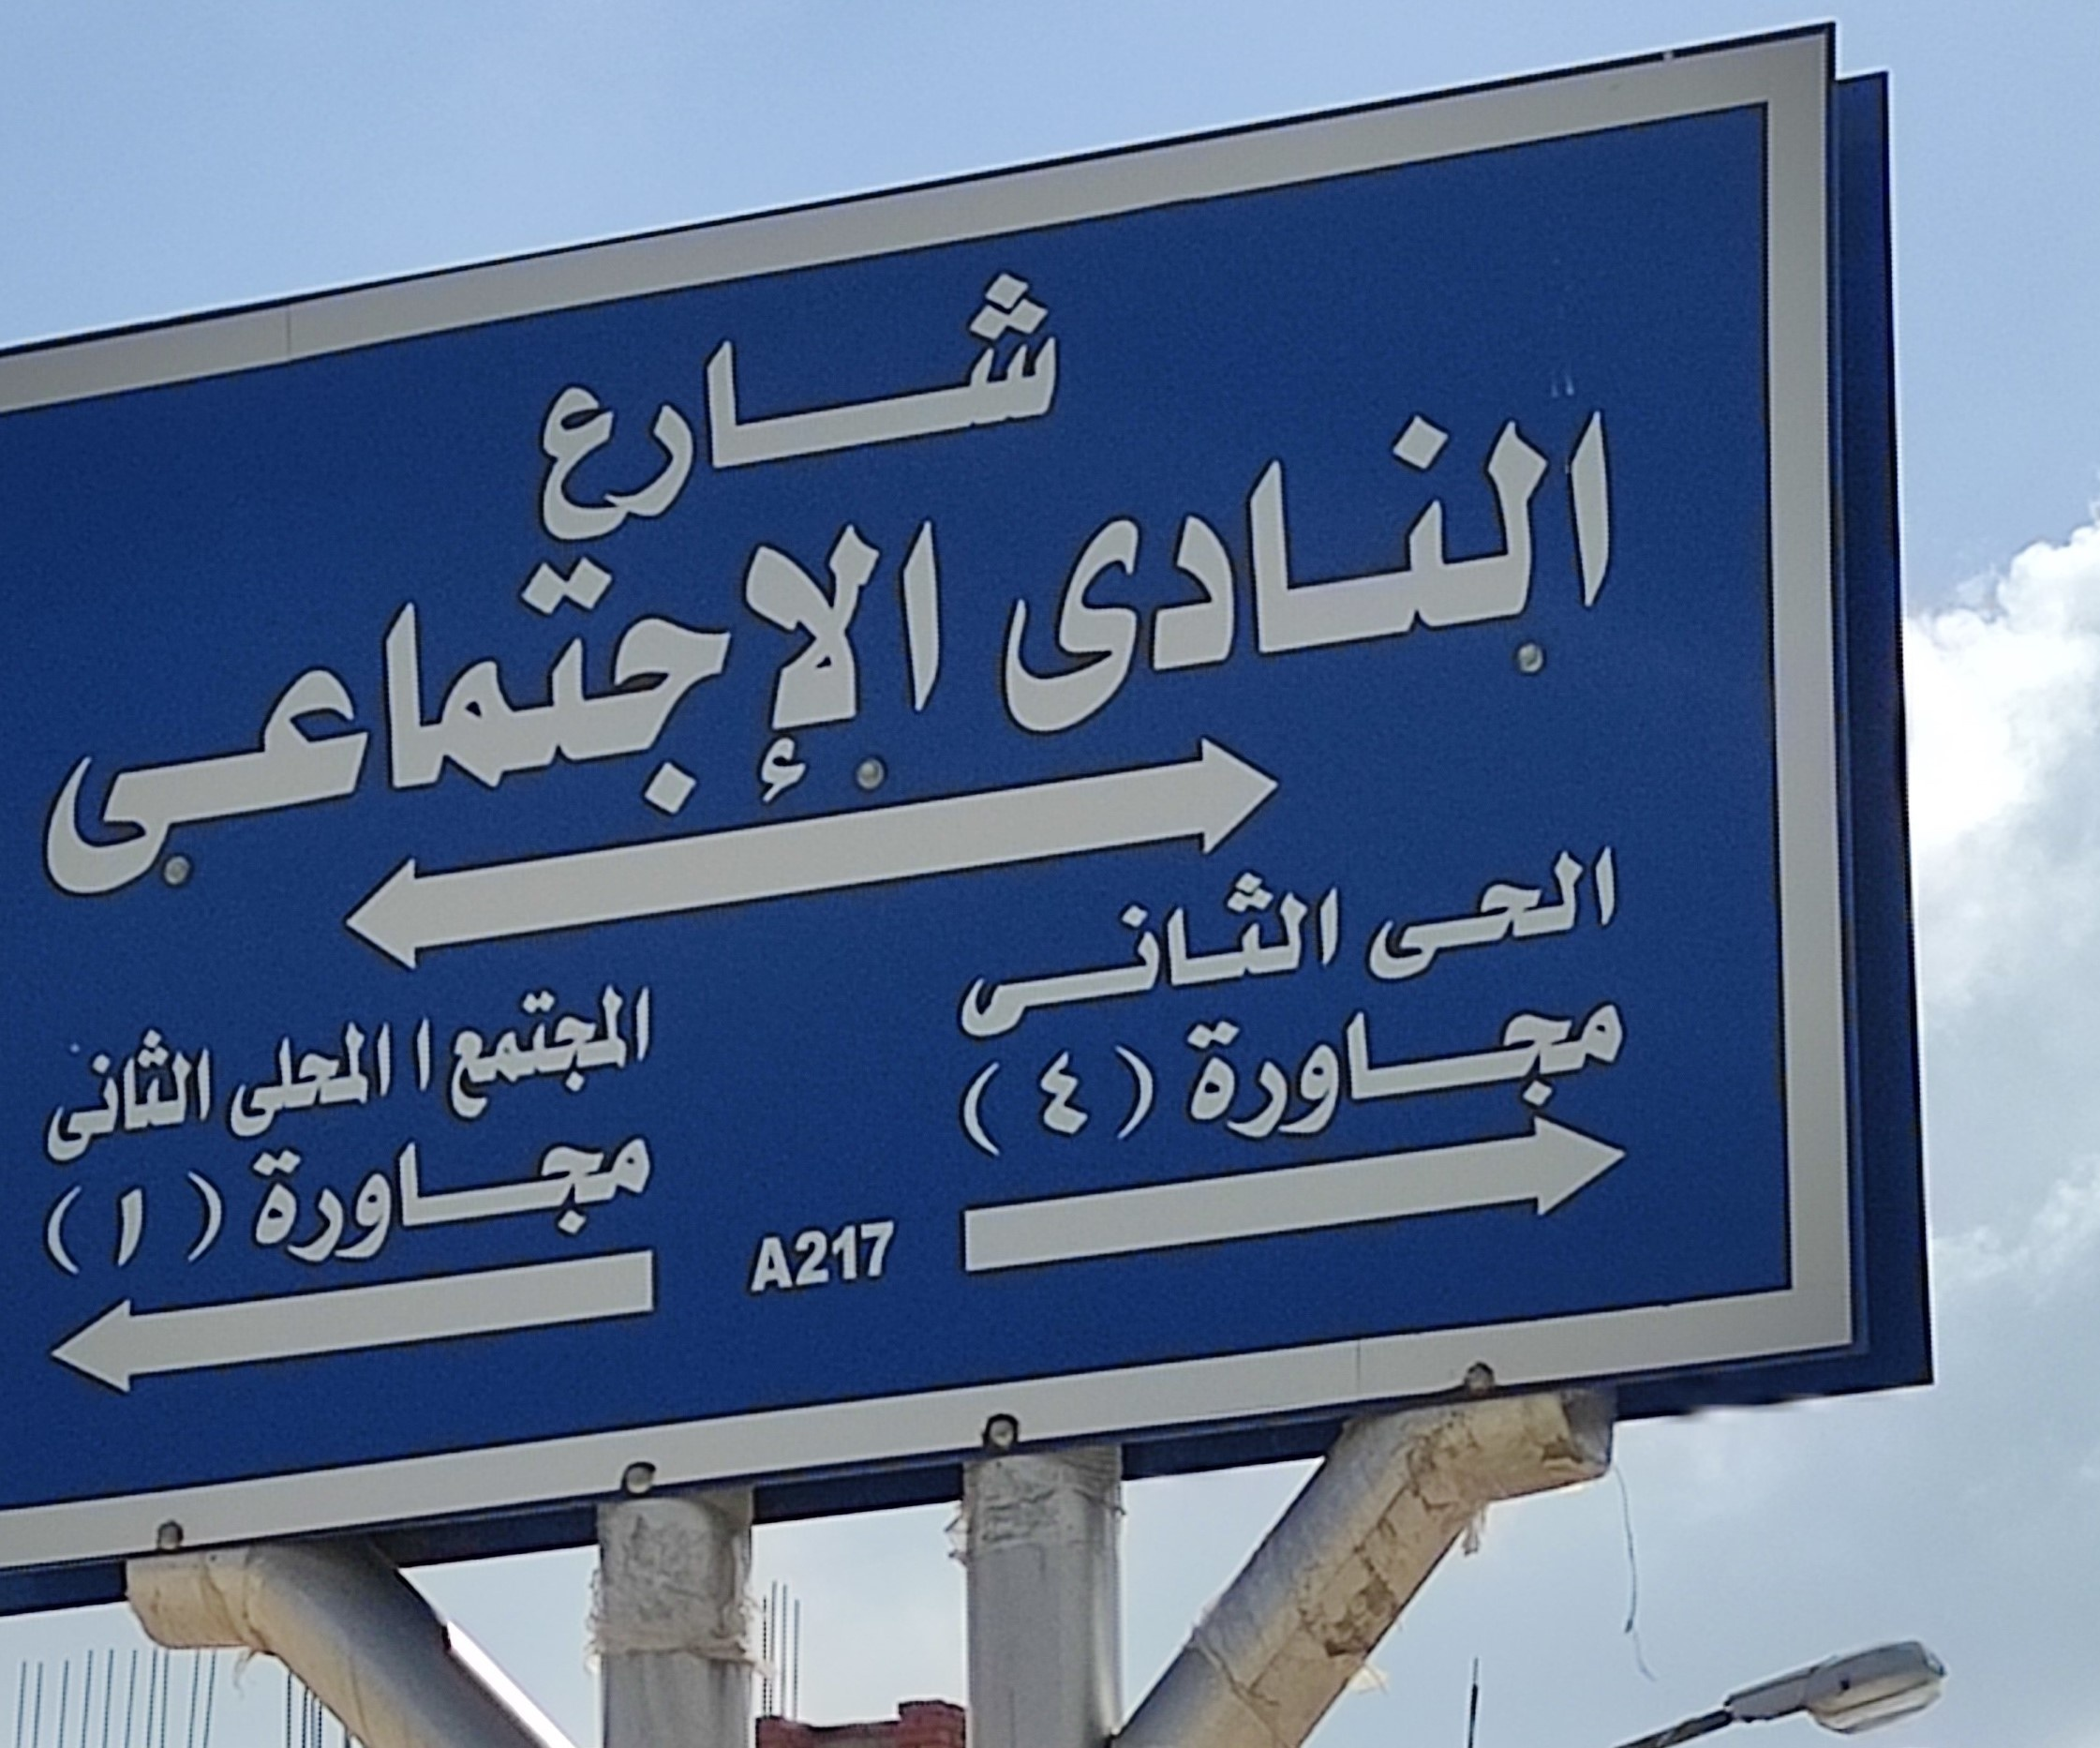
Text in image: شارع النادى الإجتماعى الحى الثانى المجتمع ا مجاورة المحلى الثانى (4) مجاورة (1) A217